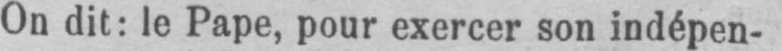
On dit: le Pape, pour exercer son indépen-